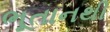
ભૂતાનથી